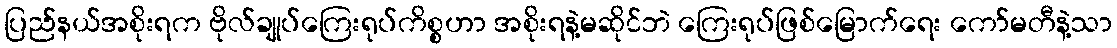
ပြည်နယ်အစိုးရက ဗိုလ်ချုပ်ကြေးရုပ်ကိစ္စဟာ အစိုးရနဲ့မဆိုင်ဘဲ ကြေးရုပ်ဖြစ်မြောက်ရေး ကော်မတီနဲ့သာ